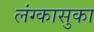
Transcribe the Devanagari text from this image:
लंग्कासुका